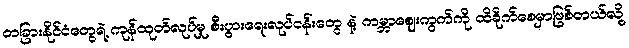
တခြားနိုင်ငံတွေရဲ့ ကုန်ထုတ်လုပ်မှု စီးပွားရေးလုပ်ငန်းတွေ နဲ့ ကမ္ဘာဈေးကွက်ကို ထိခိုက်စေမှာဖြစ်တယ်လို့